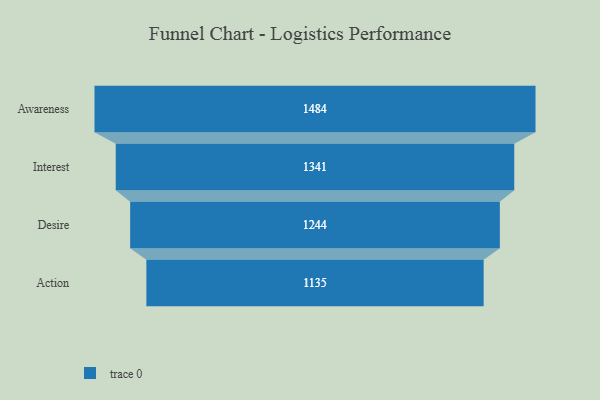
{"axis": {"x": "Stage", "y": "Value"}, "legend": [""], "data": [{"x": "Awareness", "y": 1484.0, "type": ""}, {"x": "Interest", "y": 1341.0, "type": ""}, {"x": "Desire", "y": 1244.0, "type": ""}, {"x": "Action", "y": 1135.0, "type": ""}]}